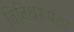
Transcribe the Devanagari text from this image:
विविधरूपता